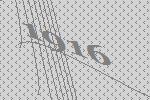
1916